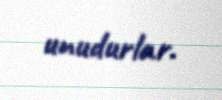
unudurlar.